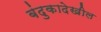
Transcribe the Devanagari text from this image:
बंदुकादेखील